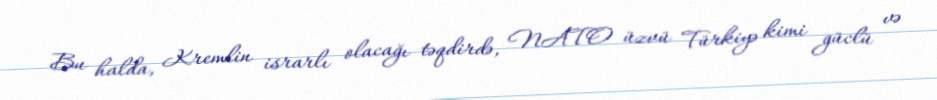
Bu halda, Kremlin israrlı olacağı təqdirdə, NATO üzvü Türkiyə kimi güclü və